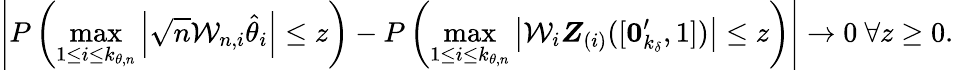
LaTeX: \left\vert P\left(\operatorname*{max}_{1\leq i\leq k_{\theta,n}}\left\vert\sqrt{n}\mathcal{W}_{n,i}\hat{\theta}_{i}\right\vert\leq z\right)-P\left(\operatorname*{max}_{1\leq i\leq k_{\theta,n}}\left\vert\mathcal{W}_{i}\boldsymbol{Z}_{(i)}([\boldsymbol{0}_{k_{\delta}}^{\prime},1])\right\vert\leq z\right)\right\vert\rightarrow 0\mathrm{~}\forall z\geq 0.